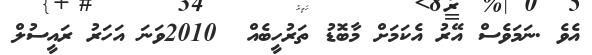
އެވެ .ނަމަވެސް އޭރު އެކަމަށް މާބޮޑު ތަރުހީބެއް  2010ވަނަ އަހަރު ރައީސުލް